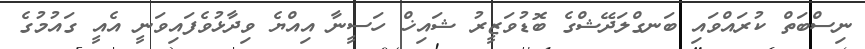
ނިސްބަތް ކުރައްވައި ބަނގްލަދޭޝްގެ ބޮޑުވަޒީރު ޝައިޚް ހަސީނާ އިއްޔެ ވިދާޅުވެފައިވަނީ އެއީ ގައުމުގެ